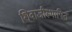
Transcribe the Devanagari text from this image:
शिवाजीस्थापित